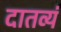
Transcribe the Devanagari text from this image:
दातव्यं